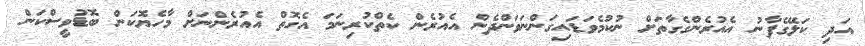
އަދި ކަލޭގެފާނު އެއުރެންގެގާތަށް ނުކުމެވަޑައިގަންނަވަންދެން އެއުރެން ކެތްކުރިނަމަ އެގޮތް އެއުރެންނަށް މާހެޔޮކަން ބޮޑުވީސްކަން